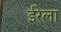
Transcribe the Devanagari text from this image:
ईरेला